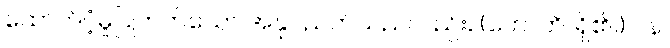
ထောက်ပံ့မှုပြုတတ်သော အနုပညတ်သည်လည်း။ (ဟောတိ၊ ရှိ၏။) ပန၊